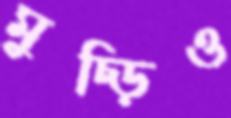
মুচ্‌ড়িও